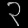
Digit: ၃